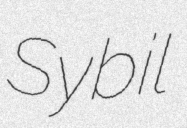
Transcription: Sybil